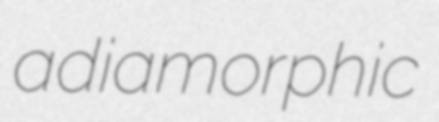
adiamorphic